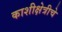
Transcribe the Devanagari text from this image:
काशीक्षेत्रीचे